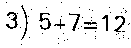
3) 5+7=12